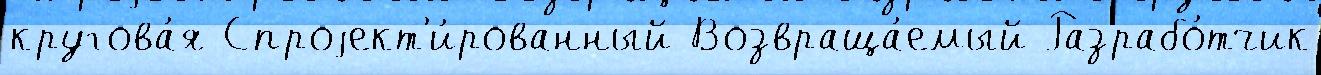
кругова́я Спроjект'и́рованный Возвраща́емый Разрабо́тчик